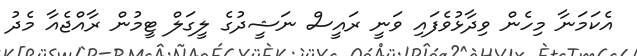
އެކަމަނާ މިހެން ވިދާޅުވެފައި ވަނީ ރައީސް ނަޝީދުގެ ލީގަލް ޓީމުން ރާއްޖެއާ މެދު